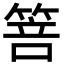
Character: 箁